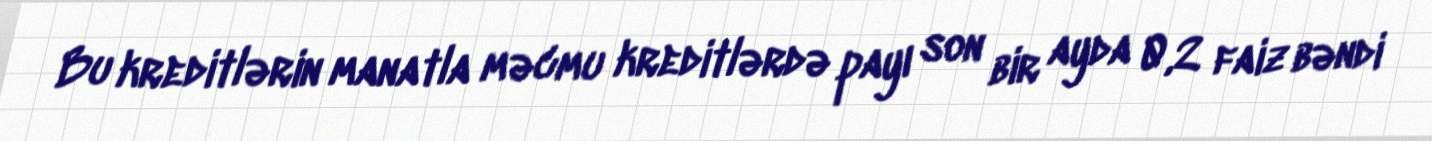
Bu kreditlərin manatla məcmu kreditlərdə payı son bir ayda 0,2 faiz bəndi